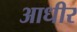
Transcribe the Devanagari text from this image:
आधीर